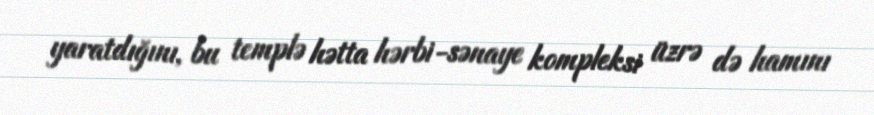
yaratdığını, bu templə hətta hərbi-sənaye kompleksi üzrə də hamını